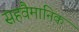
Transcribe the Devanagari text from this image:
सहवैमानिक